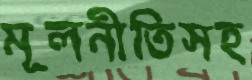
মূলনীতিসহ